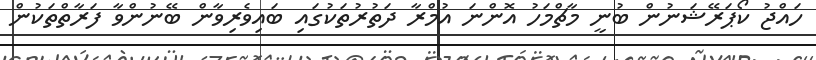
ހައްޖު ކޯޕަރޭޝަނުން ބުނީ މާޗްމަހު އޮންނަ އުމްރާ ދަތުރުތަކުގައި ބައިވެރިވާން ބޭނުންވާ ފަރާތްތަކުން